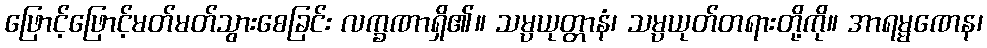
ဖြောင့်ဖြောင့်မတ်မတ်သွားစေခြင်း လက္ခဏာရှိ၏။ သမ္ပယုတ္တာနံ၊ သမ္ပယုတ်တရားတို့ကို။ အာရမ္မဏေန၊